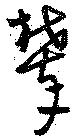
攀